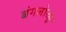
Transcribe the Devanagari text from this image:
बंगलोरहून